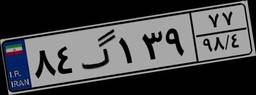
۸۴گ۱۳۹۷۷